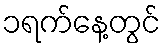
၁ရက်နေ့တွင်